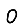
Digit: 0